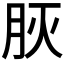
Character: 𦙻